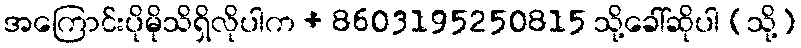
အကြောင်းပိုမိုသိရှိလိုပါက + 8603195250815 သို့ခေါ်ဆိုပါ (သို့)